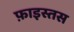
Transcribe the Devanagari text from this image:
फ़ाइस्तस